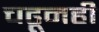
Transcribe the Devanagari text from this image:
चढूनही